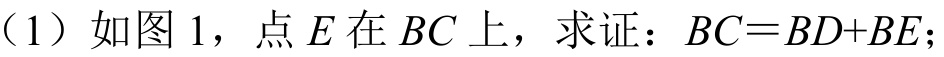
（1）如图 1，点\(E\)在\(BC\)上，求证：\(BC = BD + BE\)；